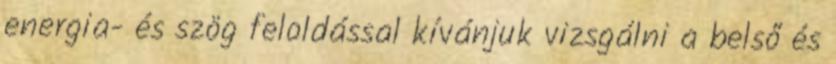
energia- és szög feloldással kívánjuk vizsgálni a belső és